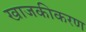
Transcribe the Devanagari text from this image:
खाजकीकरण